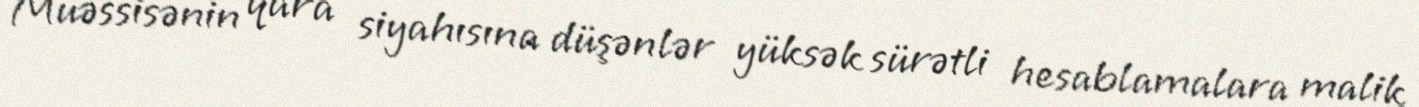
Müəssisənin qara siyahısına düşənlər yüksək sürətli hesablamalara malik